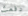
دفعت